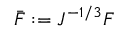
{ \bar { \boldsymbol { F } } } : = J ^ { - 1 / 3 } { \boldsymbol { F } }